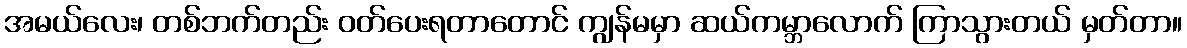
အမယ်လေး၊ တစ်ဘက်တည်း ဝတ်ပေးရတာတောင် ကျွန်မမှာ ဆယ်ကမ္ဘာလောက် ကြာသွားတယ် မှတ်တာ။